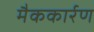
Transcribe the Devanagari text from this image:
मैककार्रण